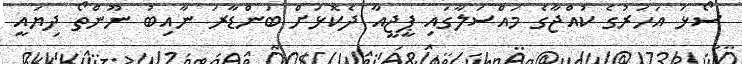
ސޯޅަ އަހަރުގެ ކުއްޖާގެ މައްސަލާގައި ޕީޖީއާ ދެކޮޅަށް ބަންޑާރަ ނާއިބު ނޫންތޯ ދިޔައީ